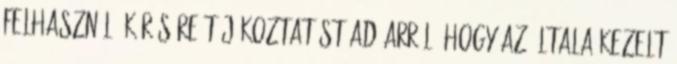
Felhasználó kérésére tájékoztatást ad arról, hogy az általa kezelt